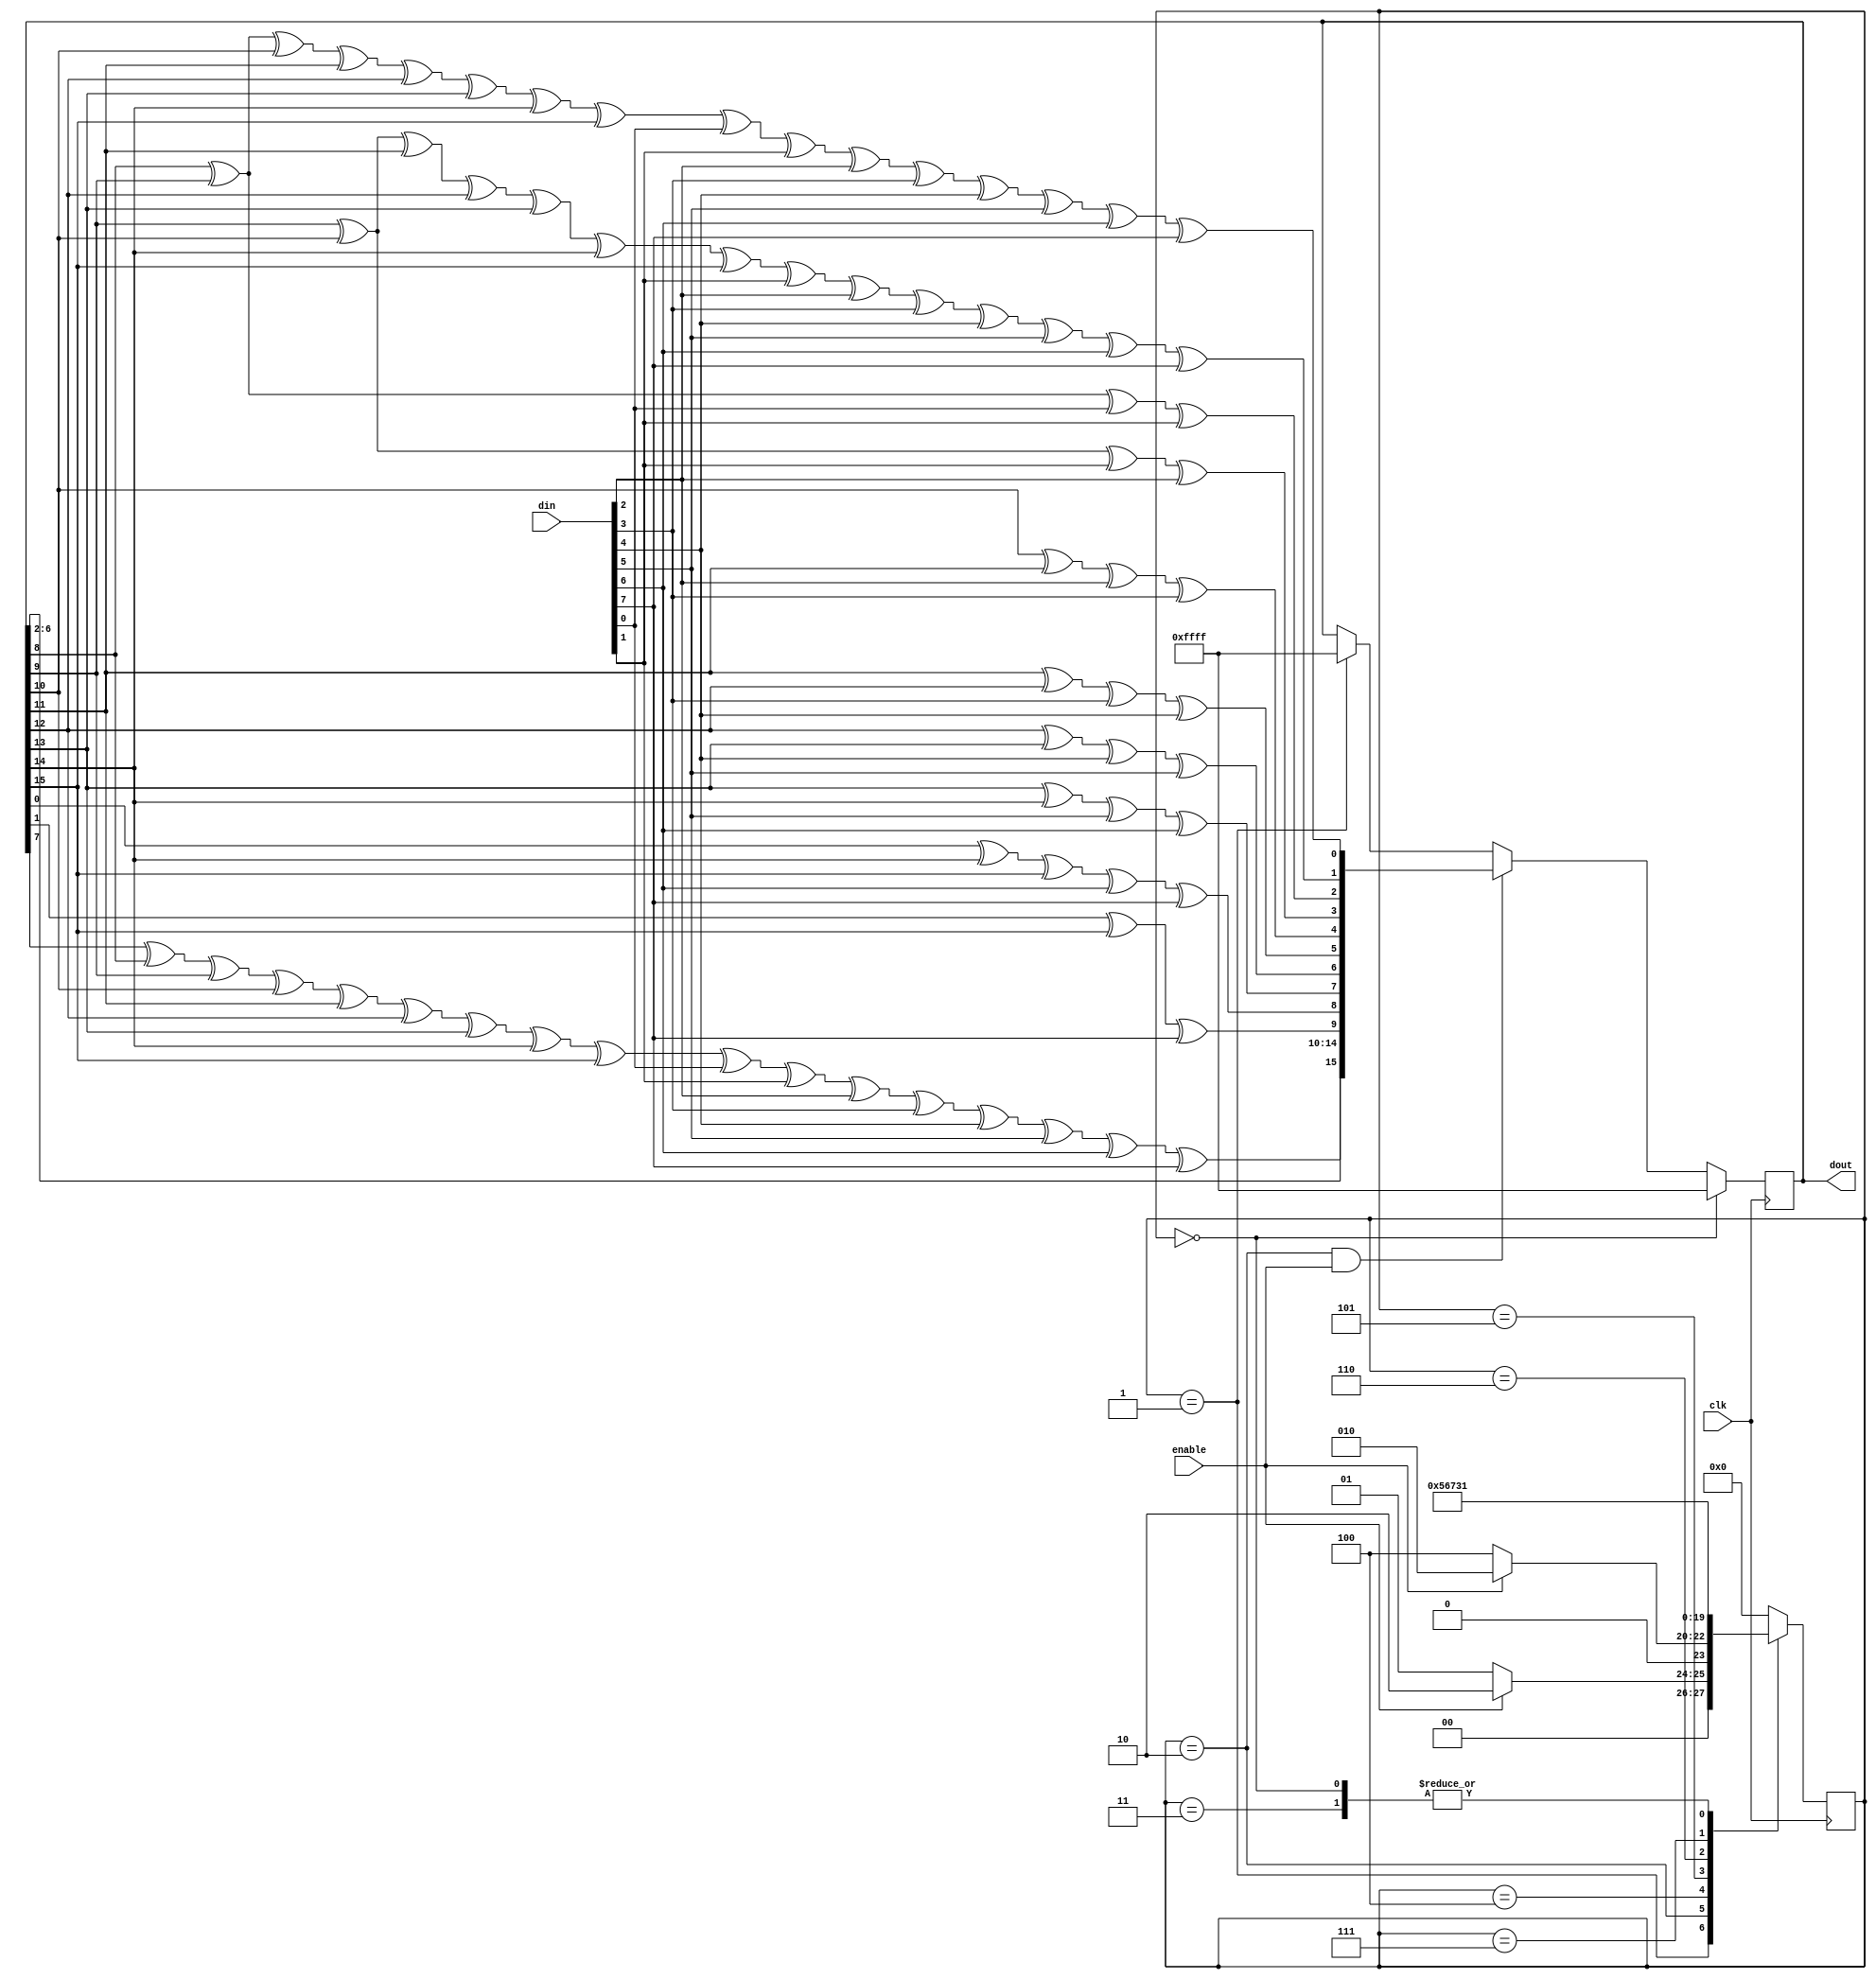
module crc16(
    input clk,
    input enable,
    input [7:0] din,
    output [15:0] dout
);

    // CRC16 x^16 + x^15 + x^2 + 1
    localparam CRC_INIT = 16'hFFFF;
    reg [3:0] state, next_state;
    localparam IDLE = 4'h0, WAIT = 4'h1, WORK = 4'h2, DONE = 4'h3;
    localparam SH0W = 4'h4, SH1W = 4'h5, SH2W = 4'h6, SH3W = 4'h7;

    reg [15:0] cout; 
    wire [15:0] ctmp;

    assign ctmp[0] = cout[8]^cout[9]^cout[10]^cout[11]^cout[12]^cout[13]^cout[14]^cout[15]^din[0]^din[1]^din[2]^din[3]^din[4]^din[5]^din[6]^din[7]; 
    assign ctmp[1] = cout[9]^cout[10]^cout[11]^cout[12]^cout[13]^cout[14]^cout[15]^din[1]^din[2]^din[3]^din[4]^din[5]^din[6]^din[7]; 
    assign ctmp[2] = cout[8]^cout[9]^din[0]^din[1];
    assign ctmp[3] = cout[9]^cout[10]^din[1]^din[2];
    assign ctmp[4] = cout[10]^cout[11]^din[2]^din[3];
    assign ctmp[5] = cout[11]^cout[12]^din[3]^din[4];
    assign ctmp[6] = cout[12]^cout[13]^din[4]^din[5];
    assign ctmp[7] = cout[13]^cout[14]^din[5]^din[6];
    assign ctmp[8] = cout[0]^cout[14]^cout[15]^din[6]^din[7];
    assign ctmp[9] = cout[1]^cout[15]^din[7];
    assign ctmp[10] = cout[2];
    assign ctmp[11] = cout[3];
    assign ctmp[12] = cout[4];
    assign ctmp[13] = cout[5];
    assign ctmp[14] = cout[6];
    assign ctmp[15] = cout[7]^cout[8]^cout[9]^cout[10]^cout[11]^cout[12]^cout[13]^cout[14]^cout[15]^din[0]^din[1]^din[2]^din[3]^din[4]^din[5]^din[6]^din[7];

    assign dout = cout;

    always@(posedge clk) begin
        state <= next_state;
    end

    always@(*) begin
        case(state)
            IDLE: next_state <= WAIT;
            WAIT: begin
                if(enable) next_state <= WORK;
                else next_state <= WAIT;
            end
            WORK: begin
                if(enable) next_state <= WORK;
                else next_state <= SH0W;
            end
            SH0W: next_state <= SH1W;
            SH1W: next_state <= SH2W;
            SH2W: next_state <= SH3W;
            SH3W: next_state <= DONE;
            DONE: next_state <= WAIT;
            default: next_state <= IDLE;
        endcase
    end

    always@(posedge clk) begin
        if(state == IDLE) cout <= CRC_INIT;
        else if(state == WORK && enable) cout <= ctmp;
        else if(state == WAIT) cout <= CRC_INIT;
        else cout <= cout;
    end

endmodule